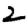
Digit: 2